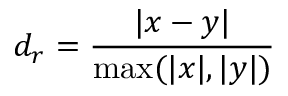
d _ { r } = { \frac { | x - y | } { \operatorname* { m a x } ( | x | , | y | ) } }